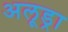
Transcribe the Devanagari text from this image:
अलूड्रा